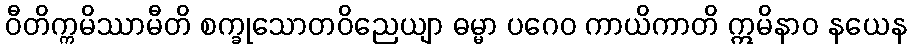
ဝီတိက္ကမိဿာမီတိ စက္ခုသောတဝိညေယျာ ဓမ္မာ ပဂေဝ ကာယိကာတိ ဣမိနာဝ နယေန